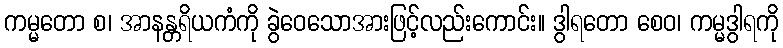
ကမ္မတော စ၊ အာနန္တရိယကံကို ခွဲဝေသောအားဖြင့်လည်းကောင်း။ ဒွါရတော စေဝ၊ ကမ္မဒွါရကို